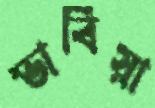
ভাবিয়া